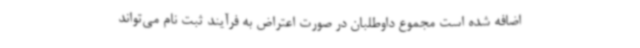
اضافه شده است مجموع داوطلبان در صورت اعتراض به فرآیند ثبت نام می‌تواند